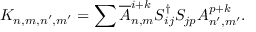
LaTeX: K _ { n , m , n ^ { \prime } , m ^ { \prime } } = \sum \overline { { { A } } } _ { n , m } ^ { i + k } S _ { i j } ^ { \dagger } S _ { j p } A _ { n ^ { \prime } , m ^ { \prime } } ^ { p + k } .